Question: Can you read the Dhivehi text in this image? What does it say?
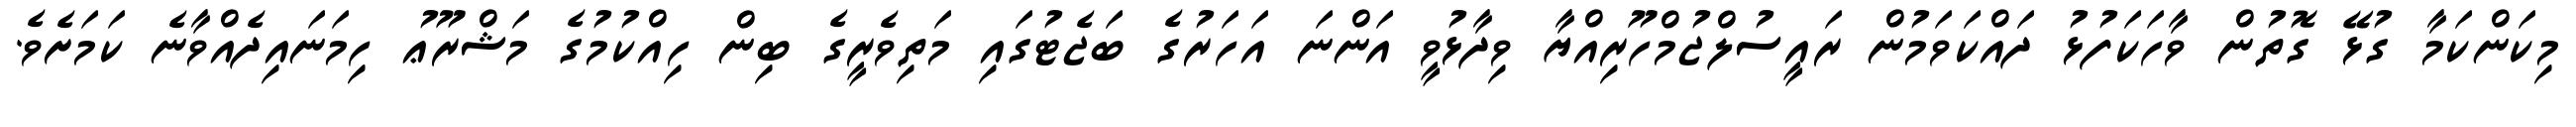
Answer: މިކަންކަމާ ގުޅޭ ގޮތުން ވާހަކަފުޅު ދައްކަވަމުން ރައީސުލްޖުމްހޫރިއްޔާ ވިދާޅުވީ އަންނަ އަހަރުގެ ބަޖެޓުގައި މަތިވެރީގެ ބިން ހިއްކުމުގެ މަޝްރޫޢު ހިމަނައިދެއްވާނެ ކަމަށެވެ.